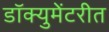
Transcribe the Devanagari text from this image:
डॉक्युमेंटरीत